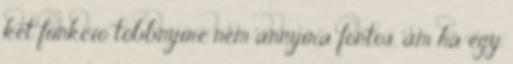
két funkció többnyire nem annyira fontos, ám ha egy